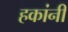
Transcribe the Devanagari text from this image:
हकांनी